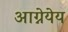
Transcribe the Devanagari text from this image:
आग्नेयेय